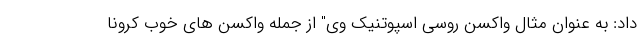
داد: به عنوان مثال واکسن روسی اسپوتنیک وی" از جمله واکسن های خوب کرونا